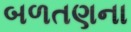
બળતણના